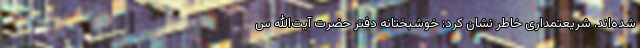
شده‌اند. شریعتمداری خاطر نشان کرد: خوشبختانه دفتر حضرت آیت‌الله س